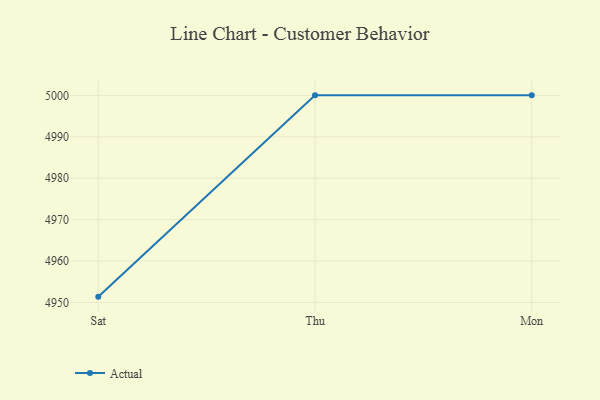
{"axis": {"x": "Day", "y": "Latency (ms)"}, "legend": ["Actual"], "data": [{"x": "Sat", "y": 4951.4, "type": "Actual"}, {"x": "Thu", "y": 5000, "type": "Actual"}, {"x": "Mon", "y": 5000, "type": "Actual"}]}